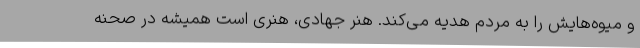
و میوه‌هایش را به مردم هدیه می‌کند. هنر جهادی، هنری است همیشه در صحنه